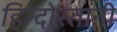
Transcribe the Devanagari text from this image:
हिन्दोस्तानी